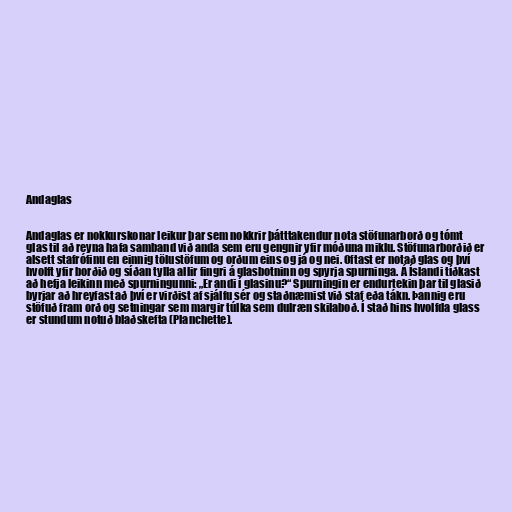
Andaglas

Andaglas er nokkurskonar leikur þar sem nokkrir þátttakendur nota stöfunarborð og tómt
glas til að reyna hafa samband við anda sem eru gengnir yfir móðuna miklu. Stöfunarborðið er
alsett stafrófinu en einnig tölustöfum og orðum eins og já og nei. Oftast er notað glas og því
hvolft yfir borðið og síðan tylla allir fingri á glasbotninn og spyrja spurninga. Á Íslandi tíðkast
að hefja leikinn með spurningunni: „Er andi í glasinu?“ Spurningin er endurtekin þar til glasið
byrjar að hreyfast að því er virðist af sjálfu sér og staðnæmist við staf eða tákn. Þannig eru
stöfuð fram orð og setningar sem margir túlka sem dulræn skilaboð. Í stað hins hvolfda glass
er stundum notuð blaðskefta (Planchette).